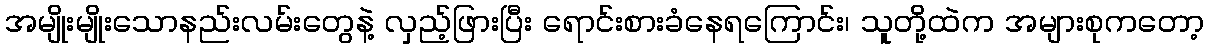
အမျိုးမျိုးသောနည်းလမ်းတွေနဲ့ လှည့်ဖြားပြီး ရောင်းစားခံနေရကြောင်း၊ သူတို့ထဲက အများစုကတော့